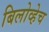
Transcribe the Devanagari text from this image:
बिलोव्हेच